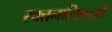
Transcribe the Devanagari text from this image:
रक्तनालिकाओं